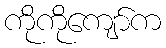
ကိုကိုကျော်က